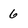
Character: 6